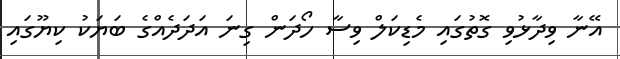
އޭނާ ވިދާޅުވި ގޮތުގައި މެޑިކަލް ވިސާ ހޯދަން ގިނަ އަދަދެއްގެ ބަޔަކު ކިޔޫގައި